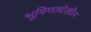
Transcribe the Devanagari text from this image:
भूमिगतदेखील